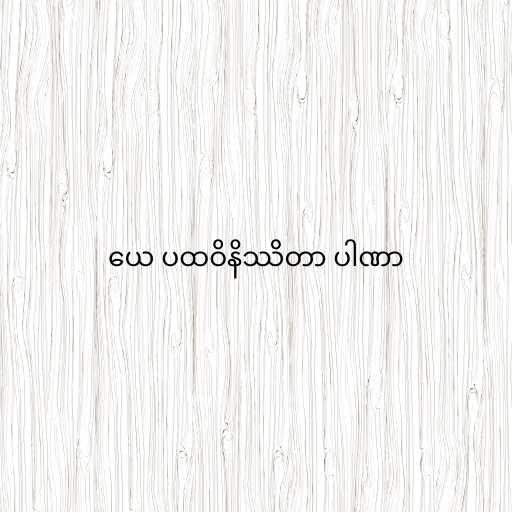
ယေ ပထဝိနိဿိတာ ပါဏာ